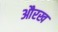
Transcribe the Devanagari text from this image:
औरख